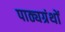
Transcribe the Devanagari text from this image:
पाठ्यग्रंथों